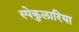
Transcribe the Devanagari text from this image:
स्पेकुलारिया